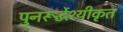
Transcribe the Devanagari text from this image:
पुनरूर्द्धेश्यीकृत